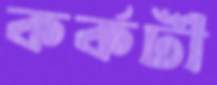
কর্কটী